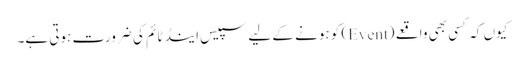
کیوں کہ کسی بھی واقعے (Event) کو ہونے کے لیے سپیس اینڈ ٹائم کی ضرورت ہوتی ہے۔